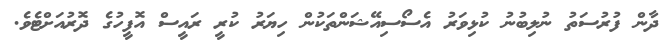
ދާން ފުރުސަތު ނުލިބުނު ކުޅިވަރު އެސޯސިއޭޝަންތަކުން ހިޔަރު ކުރީ ރައީސް އޮފީހުގެ ދޮރުއަށްޓެވެ.